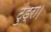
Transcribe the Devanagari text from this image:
टुंड्रा।